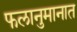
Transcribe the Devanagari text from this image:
फलानुमानात